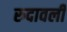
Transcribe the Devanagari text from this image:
रुदावली